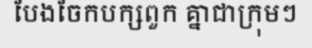
បែងចែកបក្សពួក គ្នាជាក្រុមៗ